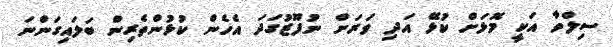
ސިލްވާ އަކީ މޮޅަށް ކުޅޭ އަދި ވަރަށް ނުފޫޒުގަދަ އެހެން ކުޅުންތެރިން ބަލައިގަންނަ